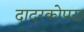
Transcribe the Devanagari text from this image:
दादरकोपरा